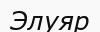
Элуяр